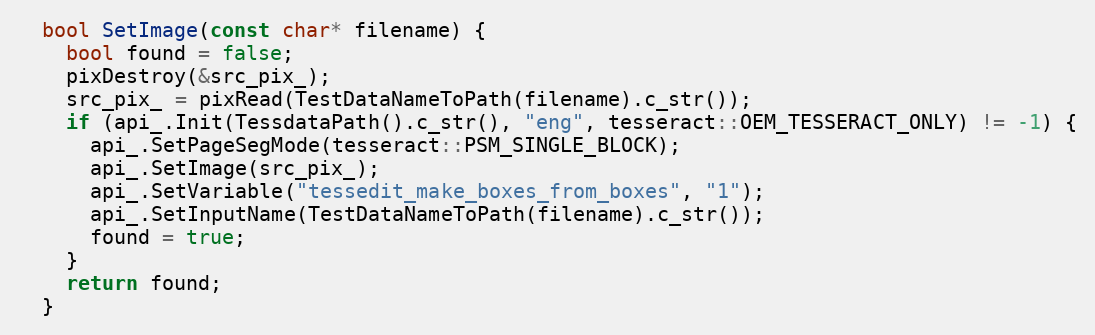
Language: C++
  bool SetImage(const char* filename) {
    bool found = false;
    pixDestroy(&src_pix_);
    src_pix_ = pixRead(TestDataNameToPath(filename).c_str());
    if (api_.Init(TessdataPath().c_str(), "eng", tesseract::OEM_TESSERACT_ONLY) != -1) {
      api_.SetPageSegMode(tesseract::PSM_SINGLE_BLOCK);
      api_.SetImage(src_pix_);
      api_.SetVariable("tessedit_make_boxes_from_boxes", "1");
      api_.SetInputName(TestDataNameToPath(filename).c_str());
      found = true;
    }
    return found;
  }